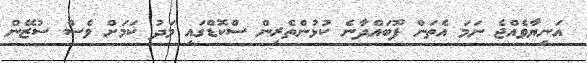
އަނިޔާވެއްޖެ ނަމަ އެތަން ފޫބައްދާނެ ކުޅުންތެރިން ސްކޮޑްގައި މަދު ކަމަށް ވެސް ސުޒޭން